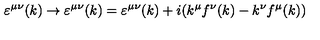
\varepsilon ^ { \mu \nu } ( k ) \rightarrow \varepsilon ^ { \mu \nu } ( k ) = \varepsilon ^ { \mu \nu } ( k ) + i ( k ^ { \mu } f ^ { \nu } ( k ) - k ^ { \nu } f ^ { \mu } ( k ) )